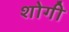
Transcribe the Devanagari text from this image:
शोगी